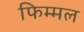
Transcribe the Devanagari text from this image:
फिम्मल